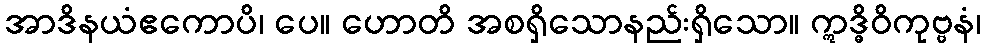
အာဒိနယံဧကောပိ၊ ပေ။ ဟောတိ အစရှိသောနည်းရှိသော။ ဣဒ္ဓိဝိကုဗ္ဗနံ၊